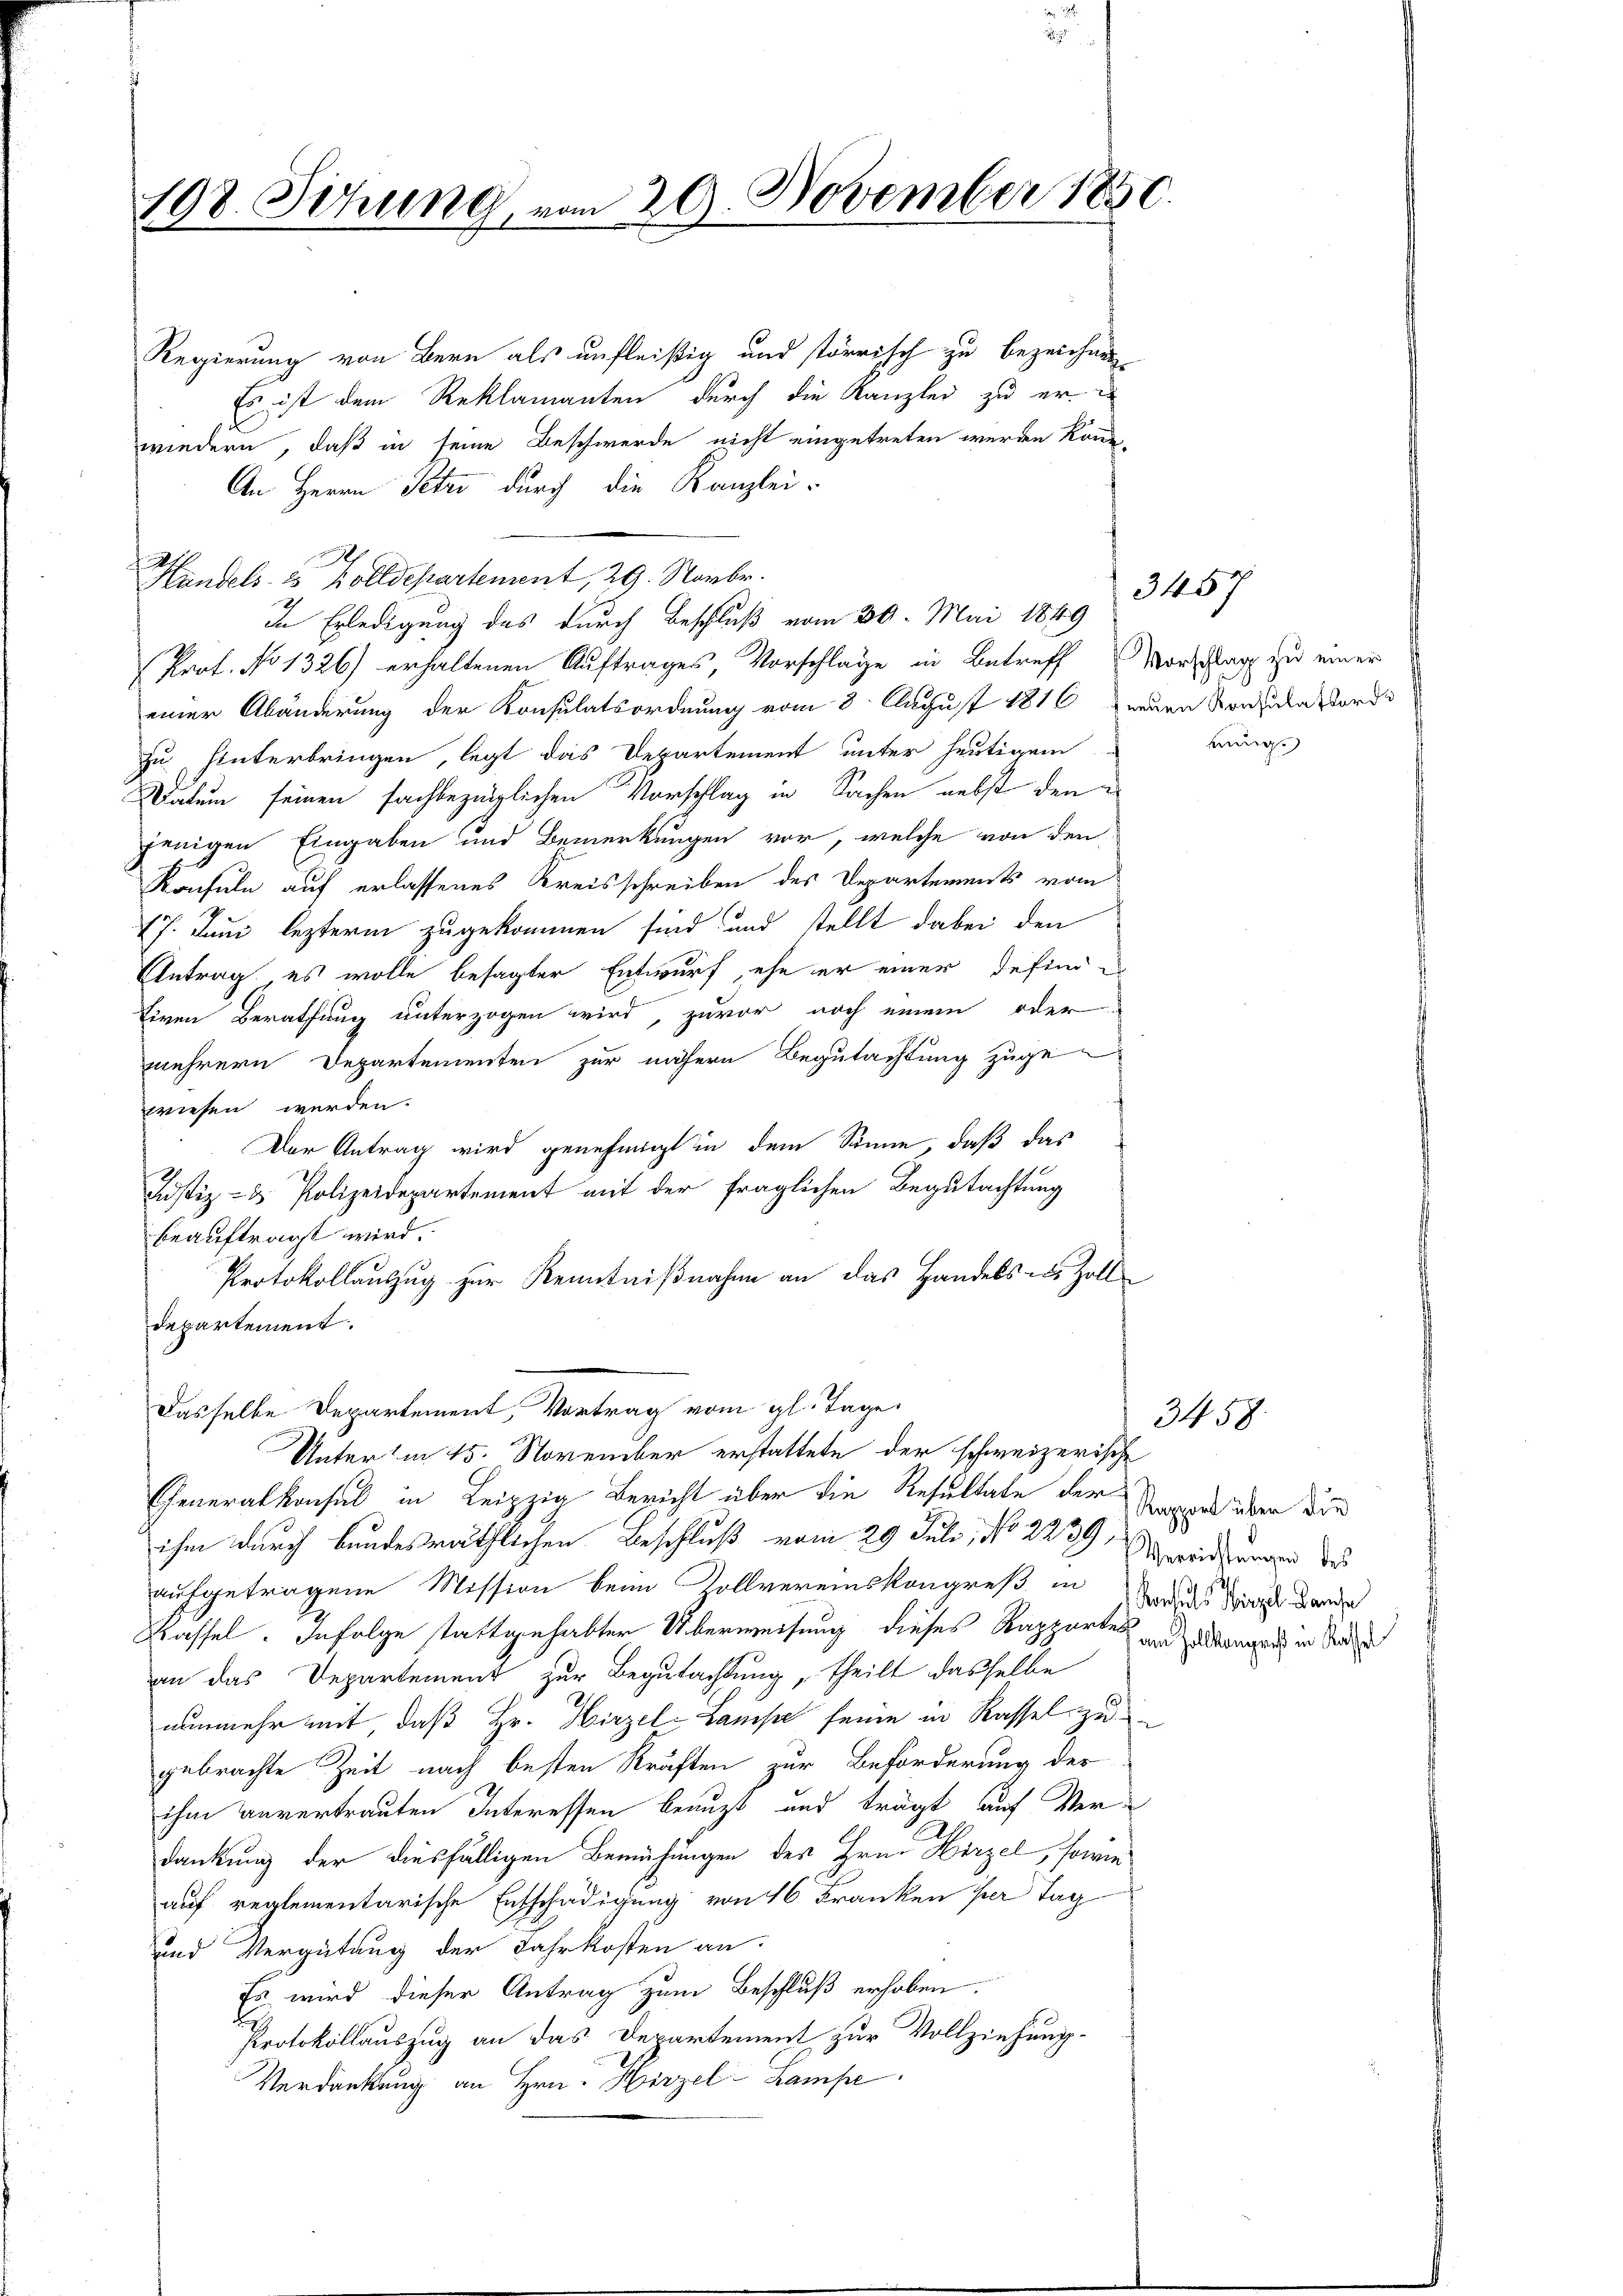
108. Sitzung, vom 20. November 1850
2.

Regierung von Bern als unfleißig und störrisch zu bezeichnen.
Es ist dem Reklamanten durch die Kanzlei zu er-
wiedern, daß in seine Beschwerde nicht eingetreten werden könn,
An Herrn Petzo durch die Kanzlei-
a
Handels- & Zolldepartement, 29. Novbr.
In Erledigung des durch Beschluß vom 30. Mai 1849
Prof. No 1326) erhaltenen Auftrages Vorschlage in Betreff
einer Abänderung der Konsulatsordnung vom 8. August 1816 einen Konsula orde
zu hinterbringen, legt das Departement unter heutigem
Datum seinen fachbezüglichen Vorschlag in Sachen nebst den
jenigen Eingaben und Bemerkungen vor, welche von den
Konsuln auf erlassenes Kreisschreiben des Departements vom
17. Juni lezterm zugekommen sind und stellt dabei den
Antrag es wolle besagter Entwurf, ehe er einer defind
tiven Berathung unterzogen wird, zuvor noch einem oder
mehrern Departementen zur nähern Begutachtung zuge
wiesen werden.
Der Antrag wird genehmigt in dem Sinne, daß das
Justiz- & Polizeidepartement mit der fraglichen Begutachtung
beauftragt wird.
Protokollauszug zur Kenntnißnahme an das Handels u. Zolldepartement.
Dasselbe Departement, Vortrag vom gl. Tage
Unter in 15. November erstattete der schweizerische
Generalkonsul in Leipzig Bericht über die Resultate der
ihm durch bundesräthlichen Beschluß vom 29. Juli, No 2239,
aufgetragene Mission beim Vollvereinskongreß in Zins in den
Kassel. Infolge stattgehabter Überweisung dieses Kapportes und gelangen in Sonder
an das Departement zur Begutachtung theilt dasselbe
nunmehr mit, daß Hr. Hirzel-Lampe seine in Kassel zu
gebrachte Zeit nach besten Kräften zur Beförderung der
ihm anvertrauten Interessen benuzt und trägt auf Verdankung der diesfälligen Bemühungen des Hrn. Hirzel, sowie
auf reglementarische Entschädigung von 16 Franken per Tag
und Vergütung der Jahrkosten an.
Es wird dieser Antrag zum Beschluß erhoben.
Protokollauszug an das Departement zur Vollziehung¬
Verdankung an Hrn. Hirzel-Lampe

d

Vorschlag zu einer
nung.

3467

3458.

Ramont über die
g
Verrichtungen des